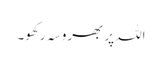
اللہ پر بھروسہ رکھو۔